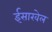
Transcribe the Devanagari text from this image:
ईसाखेल